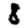
Digit: 8